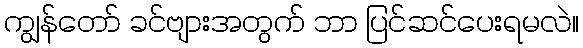
ကျွန်တော် ခင်ဗျားအတွက် ဘာ ပြင်ဆင်ပေးရမလဲ။